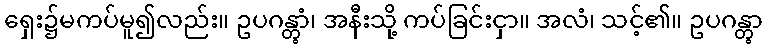
ရှေး၌မကပ်မူ၍လည်း။ ဥပဂန္တွာံ၊ အနီးသို့ ကပ်ခြင်းငှာ။ အလံ၊ သင့်၏။ ဥပဂန္တွာ